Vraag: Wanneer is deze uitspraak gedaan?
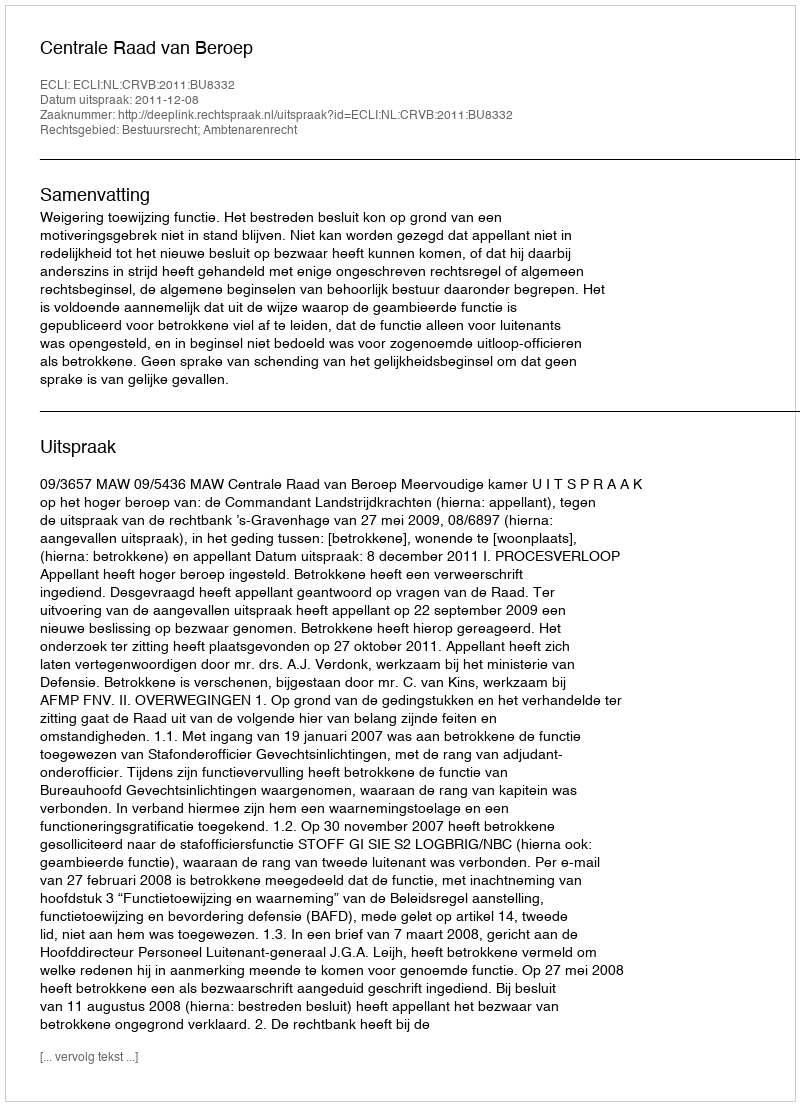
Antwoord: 2011-12-08